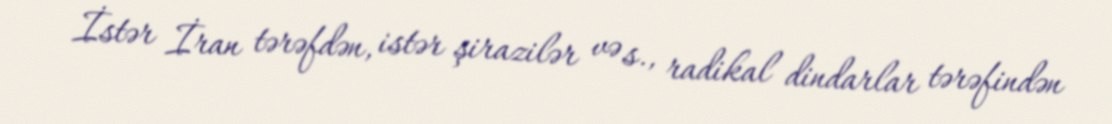
İstər İran tərəfdən, istər şirazilər və s., radikal dindarlar tərəfindən